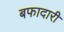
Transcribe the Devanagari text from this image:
बफादारी